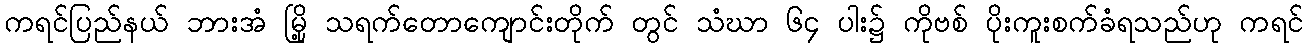
ကရင်ပြည်နယ် ဘားအံ မြို့ သရက်တောကျောင်းတိုက် တွင် သံဃာ ၆၄ ပါး၌ ကိုဗစ် ပိုးကူးစက်ခံရသည်ဟု ကရင်